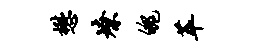
懋燎魄萃